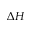
\boldsymbol { \Delta H }